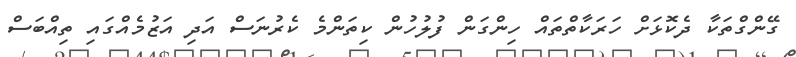
ގޭންގްތަކާ ދެކޮޅަށް ހަރަކާތްތައް ހިންގަން ފުލުހުން ކިތަންމެ ކެރުނަސް އަދި އަޒުމެއްގައި ތިއްބަސް